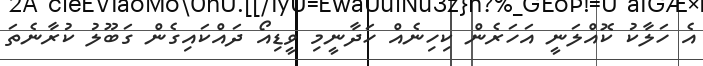
އެ ހަލާކު ކޮއްލަނީ އަހަރެން ކިހިނެއް ހަދާނީމި ވީޑިއޯ ދައްކައިގެން ގަބޫލު ކުރާނެތަ